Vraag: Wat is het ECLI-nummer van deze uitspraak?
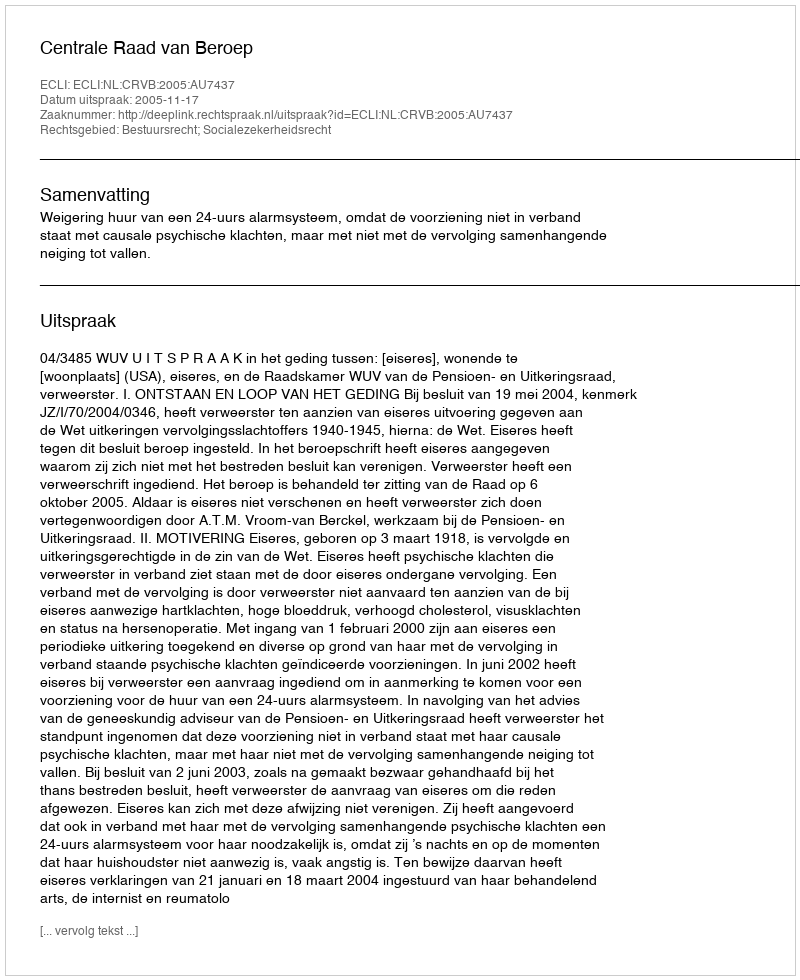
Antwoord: ECLI:NL:CRVB:2005:AU7437